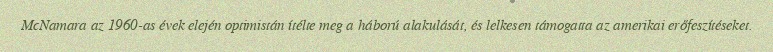
McNamara az 1960-as évek elején optimistán ítélte meg a háború alakulását, és lelkesen támogatta az amerikai erőfeszítéseket.